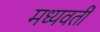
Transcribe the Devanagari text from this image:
मध्‍यवर्ती